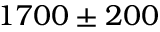
1 7 0 0 \pm 2 0 0